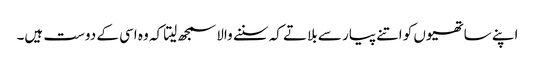
اپنے ساتھیوں کو اتنے پیار سے بلاتے کہ سننے والا سمجھ لیتا کہ وہ اسی کے دوست ہیں۔